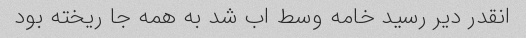
انقدر دیر رسید خامه وسط اب شد به همه جا ریخته بود